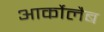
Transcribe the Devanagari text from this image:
आर्कोलैब